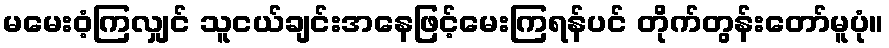
မမေးဝံ့ကြလျှင် သူငယ်ချင်းအနေဖြင့်မေးကြရန်ပင် တိုက်တွန်းတော်မူပုံ။